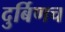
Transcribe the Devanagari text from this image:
दुर्बिणच